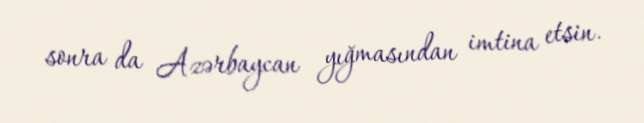
sonra da Azərbaycan yığmasından imtina etsin.